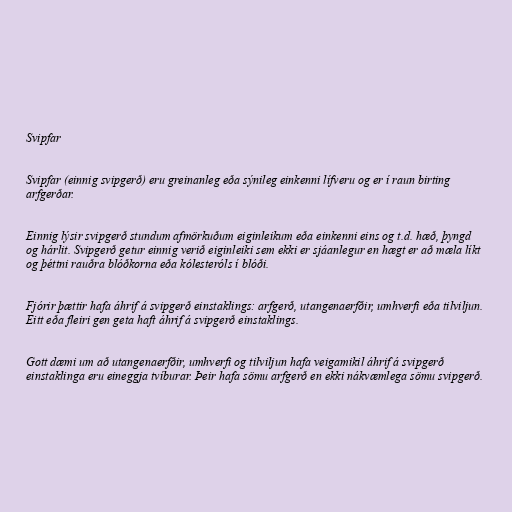
Svipfar

Svipfar (einnig svipgerð) eru greinanleg eða sýnileg einkenni lífveru og er í raun birting
arfgerðar.

Einnig lýsir svipgerð stundum afmörkuðum eiginleikum eða einkenni eins og t.d. hæð, þyngd
og hárlit. Svipgerð getur einnig verið eiginleiki sem ekki er sjáanlegur en hægt er að mæla líkt
og þéttni rauðra blóðkorna eða kólesteróls í blóði.

Fjórir þættir hafa áhrif á svipgerð einstaklings: arfgerð, utangenaerfðir, umhverfi eða tilviljun.
Eitt eða fleiri gen geta haft áhrif á svipgerð einstaklings.

Gott dæmi um að utangenaerfðir, umhverfi og tilviljun hafa veigamikil áhrif á svipgerð
einstaklinga eru eineggja tvíburar. Þeir hafa sömu arfgerð en ekki nákvæmlega sömu svipgerð.